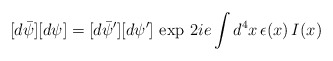
\begin{align*}[d\bar\psi][d\psi]=[d\bar\psi^\prime][d\psi^\prime]\,\exp\,{2ie\int d^4x\,\epsilon(x)\,I(x)}\end{align*}